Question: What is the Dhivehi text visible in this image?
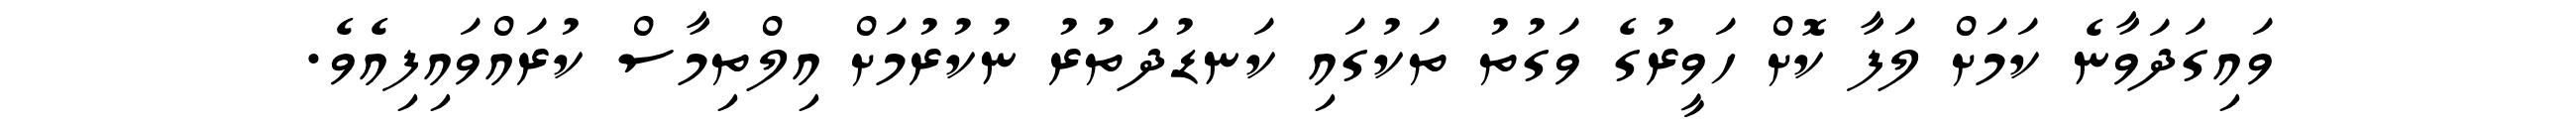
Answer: ވައިގަދަވާނެ ކަމަށް ލަފާ ކޮށް ހަވީރުގެ ވަގުތު ތަކުގައި ކަނޑުދަތުރު ނުކުރުމަށް އިލްތިމާސް ކުރައްވައިފިއެވެ.